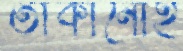
তাকানোই